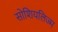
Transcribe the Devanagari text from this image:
सोशियलिज्म